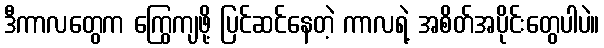
ဒီကာလတွေက ကြွေကျဖို့ ပြင်ဆင်နေတဲ့ ကာလရဲ့ အစိတ်အပိုင်းတွေပါပဲ။